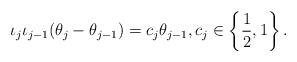
LaTeX: \begin{align*} \iota_j\iota_{j-1}(\theta_j-\theta_{j-1})=c_j\theta_{j-1},c_j\in\left\{\frac{1}{2},1\right\}. \end{align*}